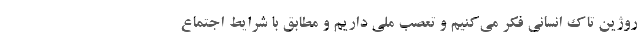
روژین تاک انسانی فکر می‌کنیم و تعصب ملی داریم و مطابق با شرایط اجتماع